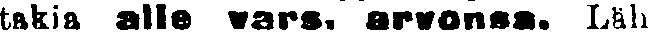
takia alle vars. arvonsa. Läh